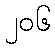
၂၀၆